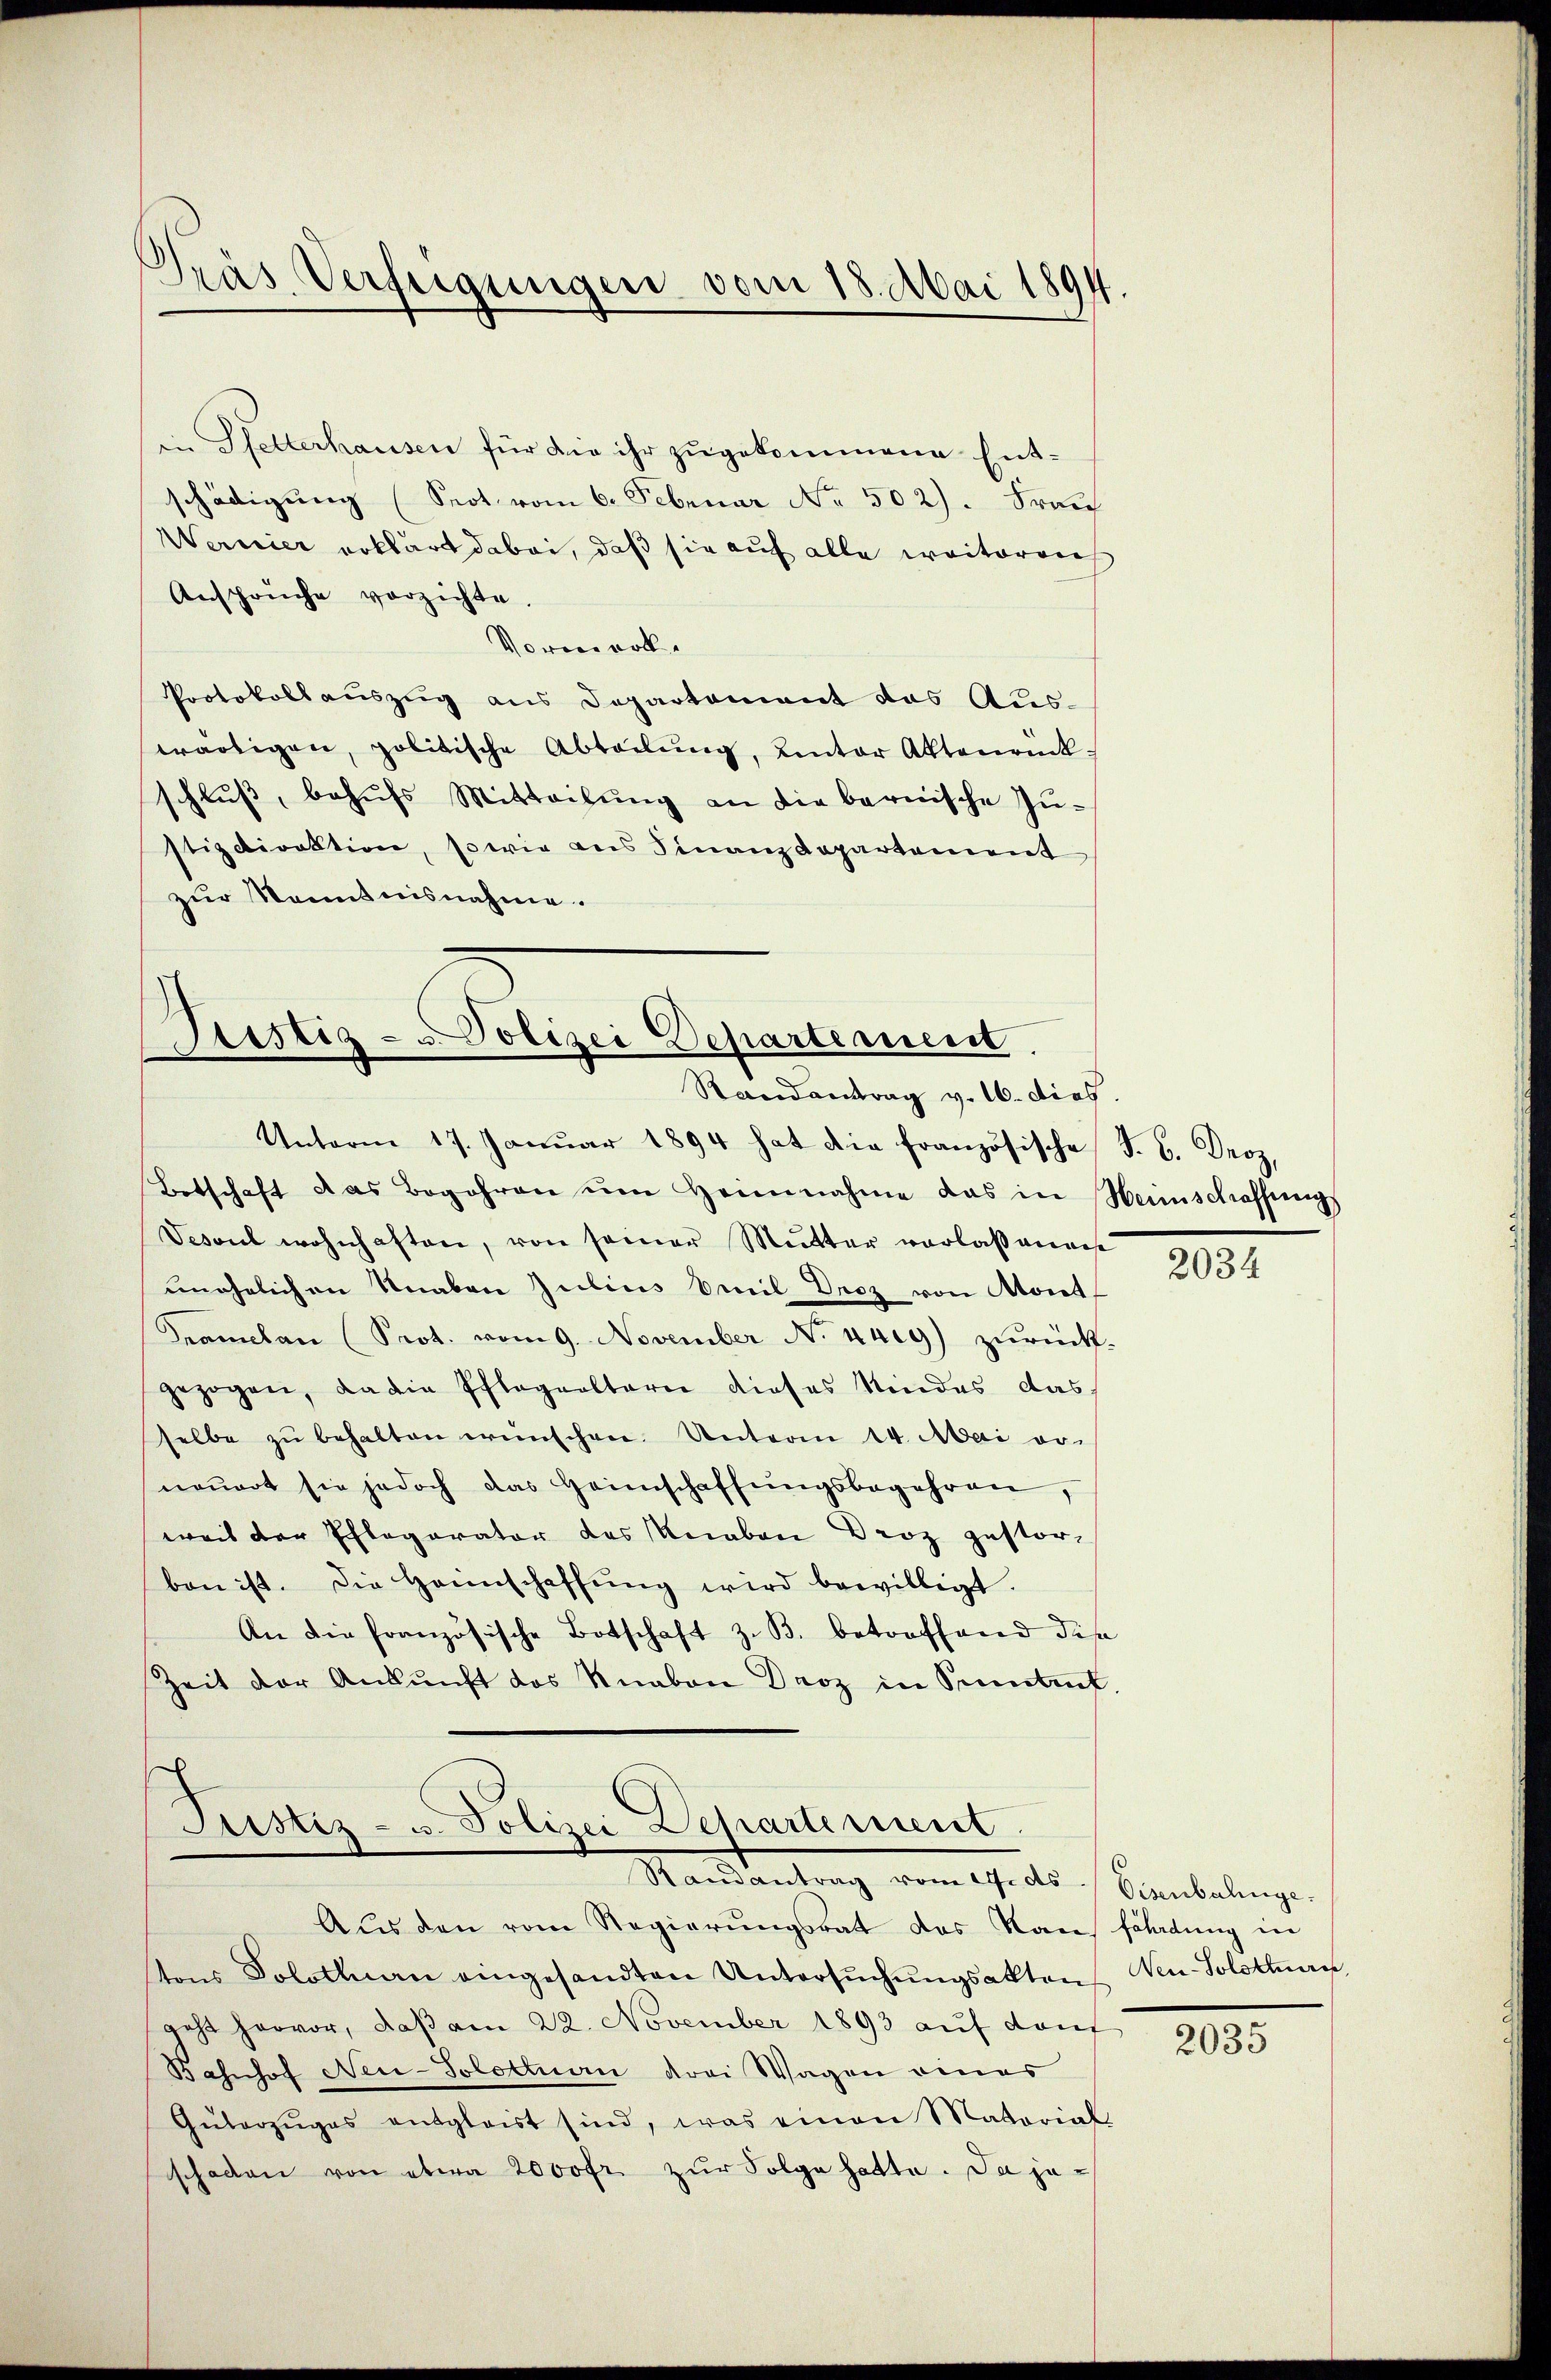
Gräs Verfügungen vom 18. Mai 1894.

in Pfetterhausen für die ihr zugekommene Entschädigung (Seot vom 6. Februar No. 502). Frau
Wernier erklärt dabei, daß sie auf alle weiterrich
Ansprüche vorzichte.
Vormerk.
Protokollauszug aus Departement das Auswärtigen, politische Abteilŭng, unter Aktenrückschlŭβ, behŭfs Mitteilŭng an die bernische Zustizdirektion, sowie ans Finanzdepartement
zur Manntnisnahme.

Tristig- u Polizei Departement
Randantrag v. 16. dies

Unterm 17. Janŭar 1894 hat die französische F. B. Droz,
Botschaft das Begehren ŭm Heimnahme das in Heimschaffungs
Vesaul wohnhaften, von seiner Mutter verlaßenans
unehelichen Knaben Julius Emil Urez von Atont
Tramclan (Prot. vom 9. November No 1419) zurück-
gezogen, da die Pflegealterie dieses Kindes das
selbe zŭ behalten wünschen. Unterm 14. Mai von
neŭert sie jedoch das Heimschaffŭngsbegehren,
weis der Pflegarator des Knaben Droz gestorben ist. Die Heimschaffŭng wird bewilligt.
An die französische Botschaft z. B. betroffend die
Zeit der Ankunft des Knaben Darz in Petent
.
Justiz- u. Polizei Departement.
Mandantung vom 17 des Benkelinge.
Aus den vom Regierŭngsrat das Kaus filadung in
tons Solothurn eingesandten Untersŭchŭngsakten Ven. Solothurn,
geht hervor, daß am 22. November 1893 auf dan
Bahnhof Neu-Solothurn drei Wagen eines
Güterzŭges entgleist sind, was einen Material-
schaden von etwa 2000fr. zur Folge hatte. Da je¬

2034

2035